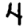
Digit: 4